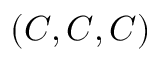
( C , C , C )